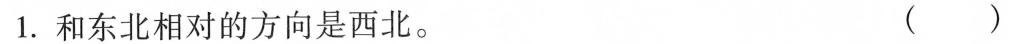
1.和东北相对的方向是西北。 ()